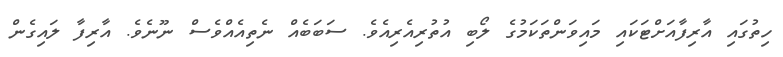
ހިތުގައި އާރިފާއަށްޓަކައި މައިވަންތަކަމުގެ ލޯބި އުތުރިއެރިއެވެ. ސަބަބެއް ނެތިއެއްވެސް ނޫނެވެ. އާރިފާ ލައިގެން